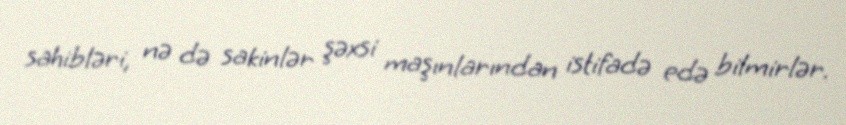
sahibləri, nə də sakinlər şəxsi maşınlarından istifadə edə bilmirlər.